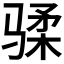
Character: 𱅟